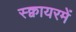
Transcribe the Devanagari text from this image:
स्क्वायरमें